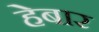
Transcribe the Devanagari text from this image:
हेबार